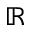
\mathbb { R }